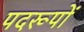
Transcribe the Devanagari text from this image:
पदरूपों